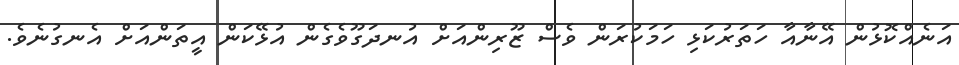
އަނެއްކޮޅުން އޭނާއާ ހަތަރުކަޅި ހަމަކުރަން ވެސް ޒޫރިންއަށް އުނދަގޫވެގެން އުޅޭކަން އީތަންއަށް އެނގުނެވެ.